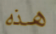
هذه